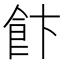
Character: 飰